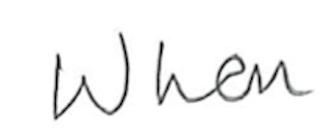
Text: When
Cross-out: clean
Writing tool: pencil